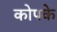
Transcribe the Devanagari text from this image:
कोपके